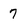
Character: 7